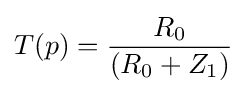
T(p)={\frac {R_{0}}{(R_{0}+Z_{1})}}